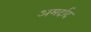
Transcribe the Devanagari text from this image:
अमर्दाद